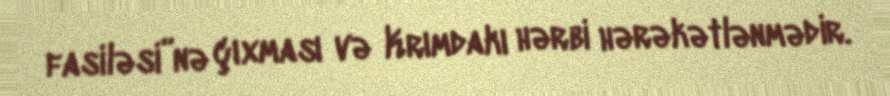
fasiləsi”nə çıxması və Krımdakı hərbi hərəkətlənmədir.